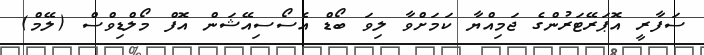
ސަފާރީ އޮޕަރޭޓަރުންގެ ޖަމިއްޔާ ކަމަށްވާ ލިވަ ބޯޑް އެސޯސިއޭޝަން އޮފް މޯލްޑިވްސް (ލޭމް)